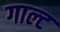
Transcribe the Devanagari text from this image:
गाल्ट